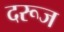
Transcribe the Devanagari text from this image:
दरूज